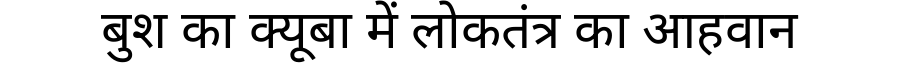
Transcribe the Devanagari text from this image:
बुश का क्यूबा में लोकतंत्र का आहवान